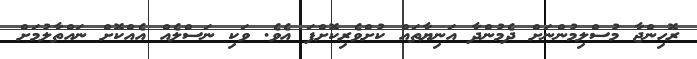
ރޮހިންޖާ މުސްލިމުންނަށް ދެމުންދާ އަނިޔާތައް ކުށްވެރިކޮށްފަ އެވެ. ވަކި ނަސްލެއް އެއްކޮށް ނައްތާލުމަށް